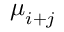
\boldsymbol { \mu } _ { i + j }